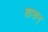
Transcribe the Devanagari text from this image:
शासन्